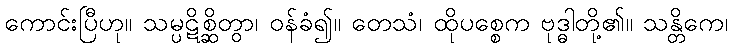
ကောင်းပြီဟု။ သမ္ပဋိစ္ဆိတွာ၊ ဝန်ခံ၍။ တေသံ၊ ထိုပစ္စေက ဗုဒ္ဓါတို့၏။ သန္တိကေ၊